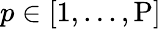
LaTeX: p\in[1,...,\mathrm{P}]